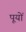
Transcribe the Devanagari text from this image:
पूयों